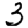
Digit: 3